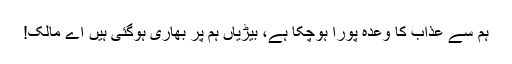
ہم سے عذاب کا وعدہ پورا ہوچکا ہے، بیڑیاں ہم پر بھاری ہوگئی ہیں اے مالک!